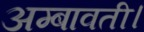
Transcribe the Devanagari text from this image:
अम्बावती।